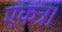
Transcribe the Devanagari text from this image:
एकत्र।